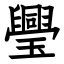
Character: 璺